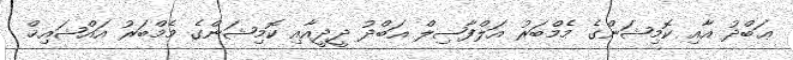
ޢަބްދު އާއި ކޮމިޝަންގެ މެމްބަރު އަލްފާޟިލް އަބްދު ދީދީއާއި ކޮމިޝަންގެ މެމްބަރު އައްޝައިޚް